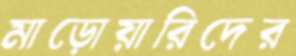
মাড়োয়ারিদের